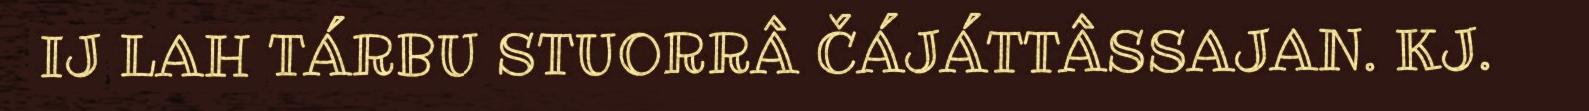
IJ LAH TÁRBU STUORRÂ ČÁJÁTTÂSSAJAN. KJ.